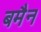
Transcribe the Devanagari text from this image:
बमैन